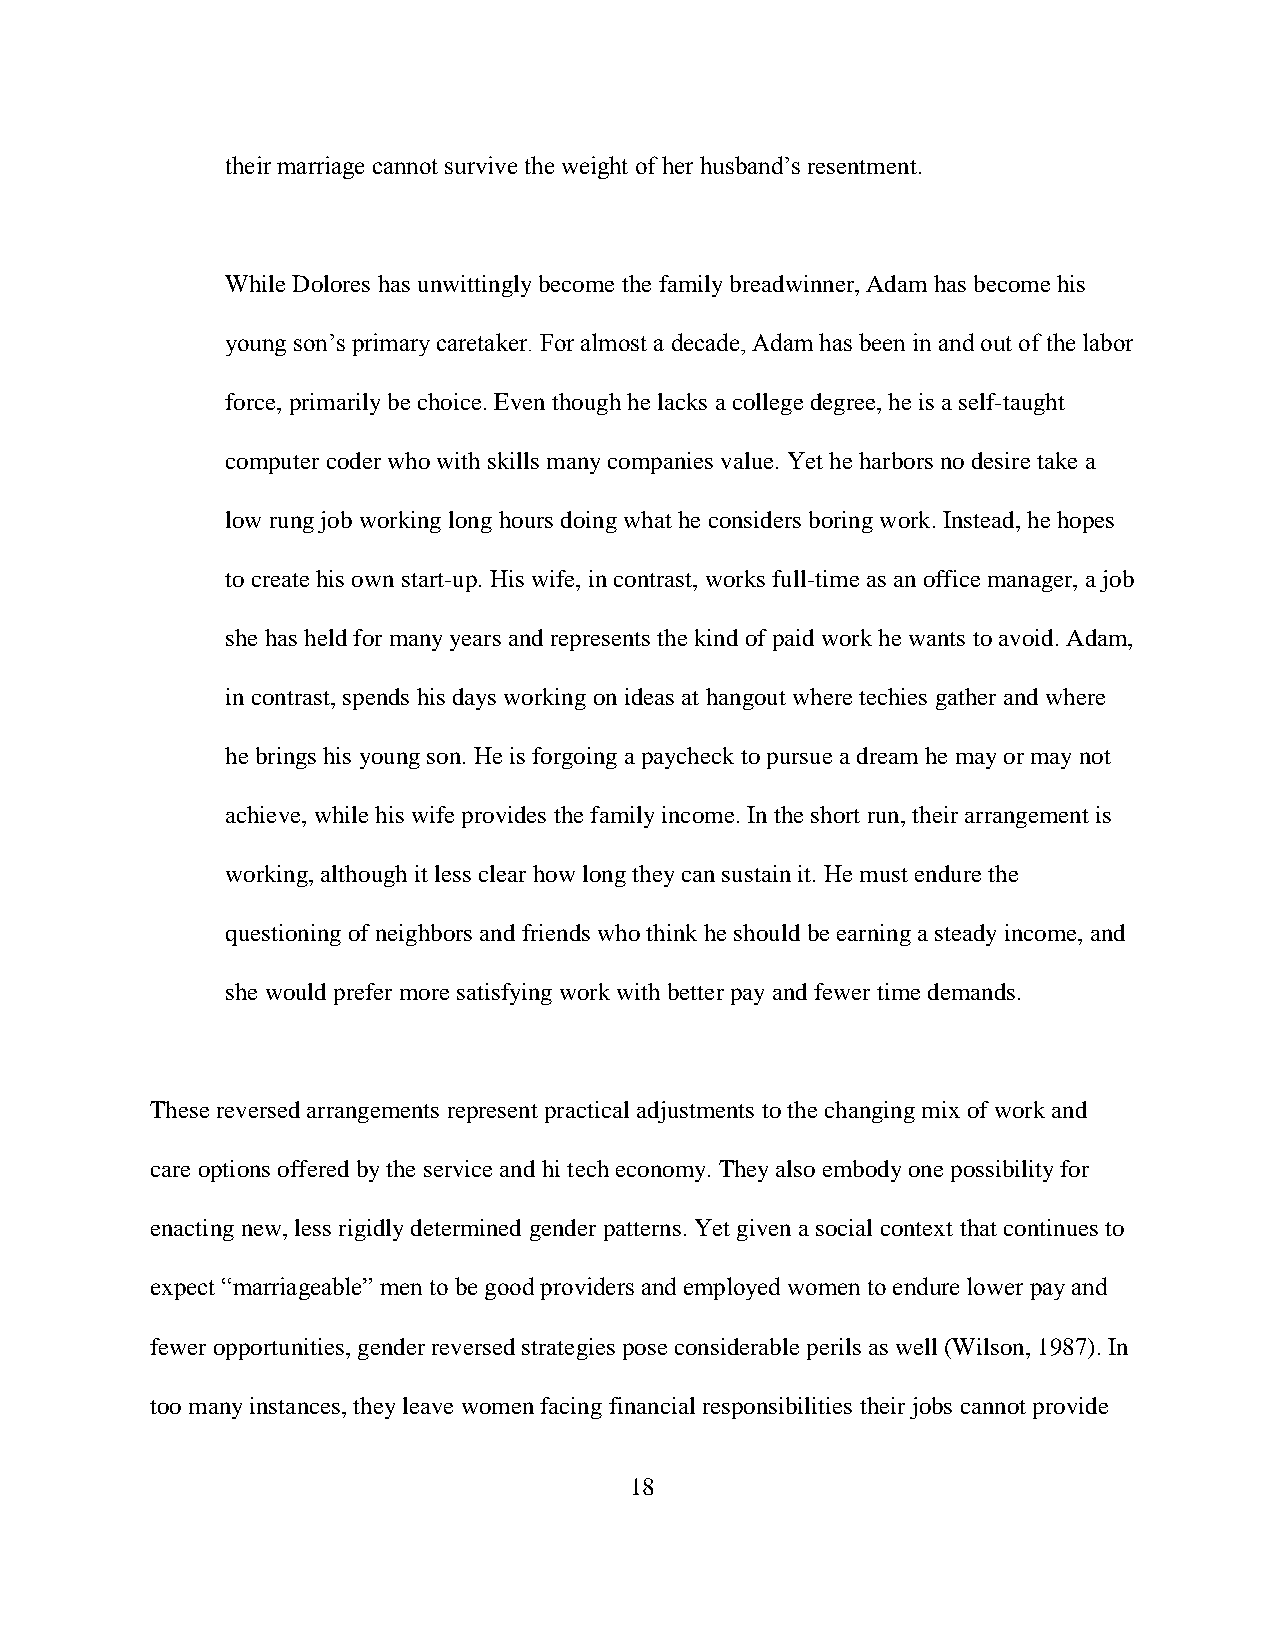
their marriage cannot survive the weight of her husband’s resentment.
 While Dolores has unwittingly become the family breadwinner, Adam has become his
 young son’s primary caretaker. For almost a decade, Adam has been in and out of the labor
 force, primarily be choice. Even though he lacks a college degree, he is a self-taught
 computer coder who with skills many companies value. Yet he harbors no desire take a
 low rung job working long hours doing what he considers boring work. Instead, he hopes
 to create his own start-up. His wife, in contrast, works full-time as an office manager, a job
 she has held for many years and represents the kind of paid work he wants to avoid. Adam,
 in contrast, spends his days working on ideas at hangout where techies gather and where
 he brings his young son. He is forgoing a paycheck to pursue a dream he may or may not
 achieve, while his wife provides the family income. In the short run, their arrangement is
 working, although it less clear how long they can sustain it. He must endure the
 questioning of neighbors and friends who think he should be earning a steady income, and
 she would prefer more satisfying work with better pay and fewer time demands.
 These reversed arrangements represent practical adjustments to the changing mix of work and
 care options offered by the service and hi tech economy. They also embody one possibility for
 enacting new, less rigidly determined gender patterns. Yet given a social context that continues to
 expect “marriageable” men to be good providers and employed women to endure lower pay and
 fewer opportunities, gender reversed strategies pose considerable perils as well (Wilson, 1987). In
 too many instances, they leave women facing financial responsibilities their jobs cannot provide
 18